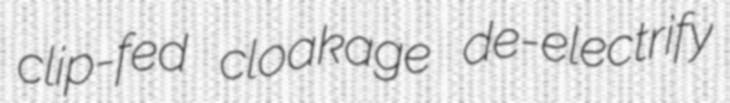
clip-fed cloakage de-electrify